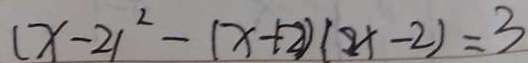
( x - 2 ) ^ { 2 } - ( x + 2 ) ( 2 x - 2 ) = 3